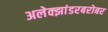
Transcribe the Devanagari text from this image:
अलेक्झांडरबरोबर